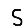
Digit: 5